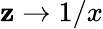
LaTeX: \mathbf{z}\to1/x